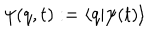
LaTeX: \psi ( q , t ) : = \left< q | \psi ( t ) \right>